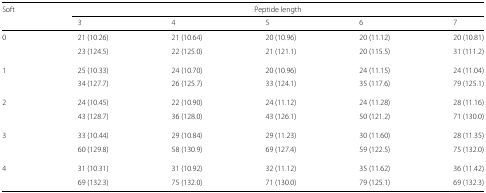
| Soft | <COLSPAN=4> Peptide length |  |
 |  | 3 | 4 | 5 | 6 | 7 |
 | --- | --- | --- | --- | --- | --- |
 | 0 | 21 (10.26) | 21 (10.64) | 20 (10.96) | 20 (11.12) | 20 (10.81) |
 |  | 23 (124.5) | 22 (125.0) | 21 (121.1) | 20 (115.5) | 31 (111.2) |
 | 1 | 25 (10.33) | 24 (10.70) | 20 (10.96) | 24 (11.15) | 24 (11.04) |
 |  | 34 (127.7) | 26 (125.7) | 33 (124.1) | 35 (117.6) | 79 (125.1) |
 | 2 | 24 (10.45) | 22 (10.90) | 24 (11.12) | 24 (11.28) | 28 (11.16) |
 |  | 43 (128.7) | 36 (128.0) | 43 (126.1) | 50 (121.2) | 71 (130.0) |
 | 3 | 33 (10.44) | 29 (10.84) | 29 (11.23) | 30 (11.60) | 28 (11.35) |
 |  | 60 (129.8) | 58 (130.9) | 69 (127.4) | 59 (122.5) | 75 (132.0) |
 | 4 | 31 (10.31) | 31 (10.92) | 32 (11.12) | 35 (11.62) | 36 (11.42) |
 |  | 69 (132.3) | 75 (132.0) | 71 (130.0) | 79 (125.1) | 69 (132.3) |